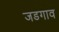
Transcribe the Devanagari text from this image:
जडगाव